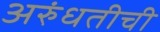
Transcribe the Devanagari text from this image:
अरुंधतीची